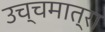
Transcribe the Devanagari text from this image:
उच्चमात्रा